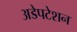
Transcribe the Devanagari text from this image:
अडेपटेशन